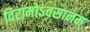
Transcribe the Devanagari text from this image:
विरामोऽवसानम्